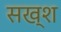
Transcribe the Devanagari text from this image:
सख्श